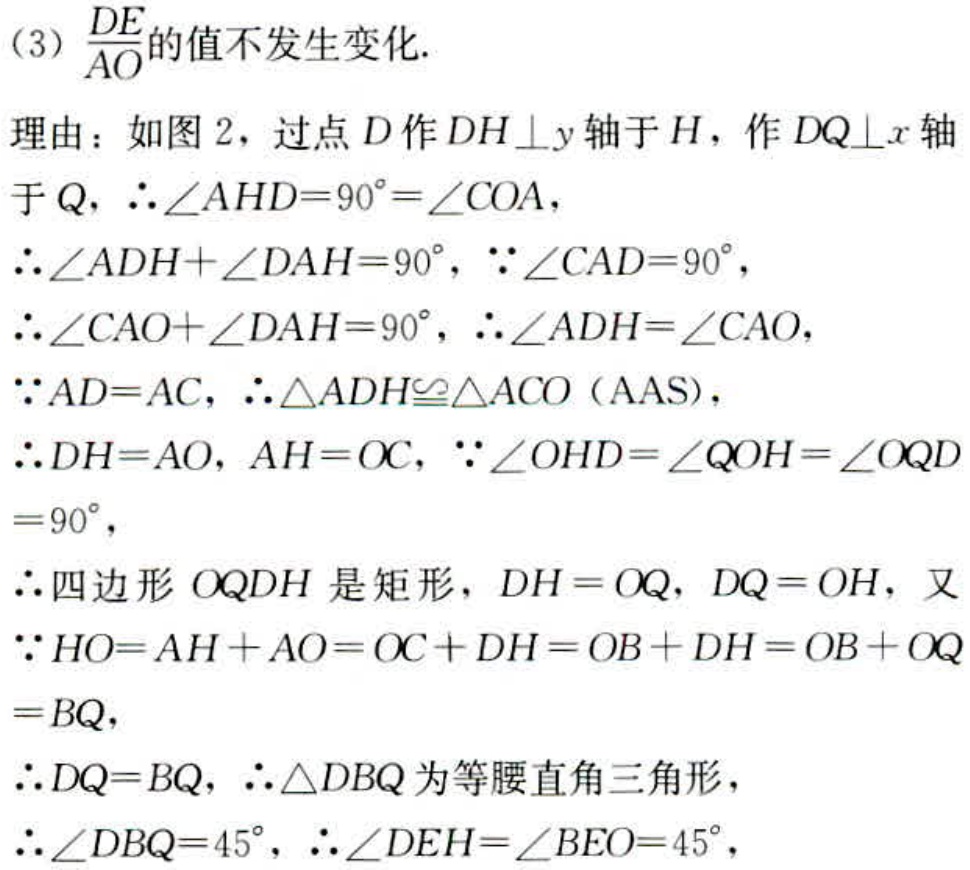
（3）$\frac{DE}{AO}$的值不发生变化.
理由：如图 2，过点$D$作$DH\perp y$轴于$H$，作$DQ\perp x$轴于$Q$，$\therefore\angle AHD = 90^{\circ}=\angle COA$，
$\therefore\angle ADH+\angle DAH = 90^{\circ}$，$\because\angle CAD = 90^{\circ}$，
$\therefore\angle CAO+\angle DAH = 90^{\circ}$，$\therefore\angle ADH=\angle CAO$，
$\because AD = AC$，$\therefore\triangle ADH\cong\triangle ACO$（AAS），
$\therefore DH = AO$，$AH = OC$，$\because\angle OHD=\angle QOH=\angle OQD = 90^{\circ}$，
$\therefore$四边形$OQDH$是矩形，$DH = OQ$，$DQ = OH$，又
$\because HO=AH + AO=OC + DH=OB + DH=OB + OQ = BQ$，
$\therefore DQ = BQ$，$\therefore\triangle DBQ$为等腰直角三角形，
$\therefore\angle DBQ = 45^{\circ}$，$\therefore\angle DEH=\angle BEO = 45^{\circ}$，